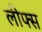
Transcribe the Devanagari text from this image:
लीफ्स